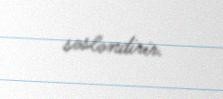
səsləndirir.